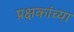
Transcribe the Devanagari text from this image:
प्रक्षकांच्या